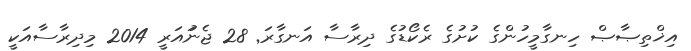
އިޚްތިޞާޞް ހިނގާމީހުންގެ ކުށުގެ ރެކޯޑުގެ ދިރާސާ އަނގާރަ